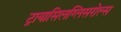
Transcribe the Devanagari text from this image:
ट्रायासिलग्लिसरोल्स